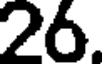
26.